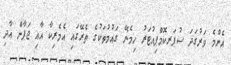
އެންމެ ވަރުގަަދަ ސުޕަރކޮމްޕިއުޓަރު ހިމެނޭ ގައުމުތަކުގެ ތެރޭގައި އެމެރިކާ އާއި ޖަޕާން އާދި